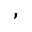
,